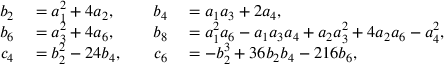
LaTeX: \begin{array} { r l r l } { b _ { 2 } } & { { } = a _ { 1 } ^ { 2 } + 4 a _ { 2 } , \quad } & { b _ { 4 } } & { { } = a _ { 1 } a _ { 3 } + 2 a _ { 4 } , } \\ { b _ { 6 } } & { { } = a _ { 3 } ^ { 2 } + 4 a _ { 6 } , \quad } & { b _ { 8 } } & { { } = a _ { 1 } ^ { 2 } a _ { 6 } - a _ { 1 } a _ { 3 } a _ { 4 } + a _ { 2 } a _ { 3 } ^ { 2 } + 4 a _ { 2 } a _ { 6 } - a _ { 4 } ^ { 2 } , } \\ { c _ { 4 } } & { { } = b _ { 2 } ^ { 2 } - 2 4 b _ { 4 } , \quad } & { c _ { 6 } } & { { } = - b _ { 2 } ^ { 3 } + 3 6 b _ { 2 } b _ { 4 } - 2 1 6 b _ { 6 } , } \end{array}